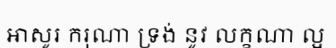
អាសូរ ករុណា ទ្រង់ នូវ លក្ខណា ល្អ